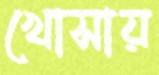
খোসায়